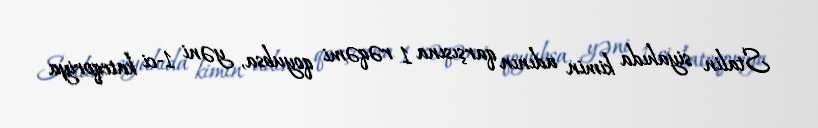
Stalin siyahıda kimin adının qarşısına 1 rəqəmi qoyubsa, yəni 1-ci kateqoriya